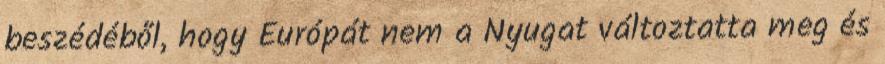
beszédéből, hogy Európát nem a Nyugat változtatta meg és